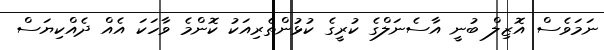
ނަމަވެސް އޮޒިލް ބުނީ އާސެނަލްގެ ކުރީގެ ކުޅުންތެރިއަކު ކޮންމެ ވާހަކަ އެއް ދެއްކިޔަސް